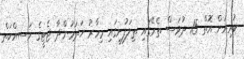
ކުރިއަށް އޮތް 15 ދުވަސް ތެރޭގައި ތިލަފުށީގައި މިހާރު ހަދަމުންދާ ޖެޓީގެ މަސއްކަތް